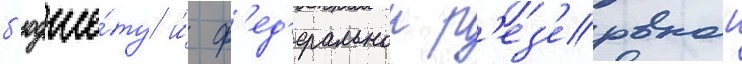
б'юдже́ту и́ ф'ед'еральнои р'ез'ервнои